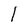
Character: l